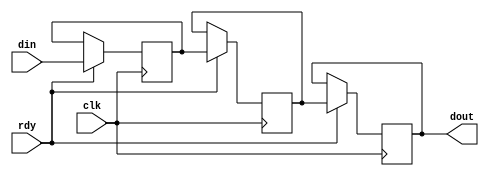
module my_fifo_1 (clk, din, dout, rdy);
    input clk; 
    input[8 - 1:0] din; 
    output[8 - 1:0] dout; 
    reg[8 - 1:0] dout;
	input rdy;
    reg[8-1:0]buff1;
    reg[8-1:0]buff2;
    always @(posedge clk)
    begin
		if (rdy == 1'b1)
		begin
			buff1 <= din;
			dout <= buff2;
			buff2 <= buff1;
		end
	end
endmodule